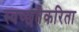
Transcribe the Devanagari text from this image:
स्वच्छतेकरिता